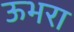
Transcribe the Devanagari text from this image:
ऊभरा